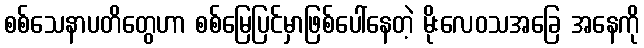
စစ်သေနာပတိတွေဟာ စစ်မြေပြင်မှာဖြစ်ပေါ်နေတဲ့ မိုးလေဝသအခြေ အနေကို